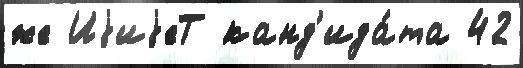
же ИjиjеТ канд'ида́та 42